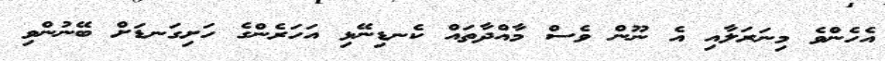
އެހެންވެ މިނަރަލާއި އެ ނޫން ވެސް މާއްދާތައް ކެނޑިނޭޅި އަހަރެންގެ ހަށިގަނޑަށް ބޭނުންވި